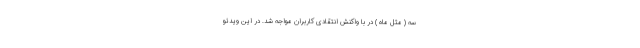
سه ( مثل ماه ) در با واکنش انتقادی کاربران مواجه شد. در این ویدئو